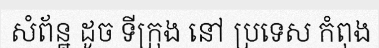
សំព័ន្ឋ ដូច ទីក្រុង នៅ ប្រទេស កំពុង